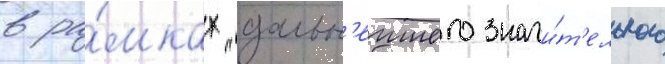
в ра́мках "дальн'еишего значи́т'ельного